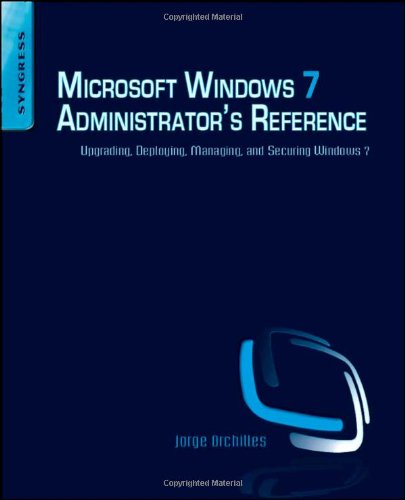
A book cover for Microsoft Windows 7 Administrator's Reference: Upgrading, Deploying, Managing, and Securing Windows 7; Jorge Orchilles; Computers & Technology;